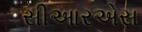
સીઆરએસ